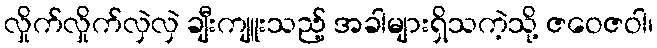
လှိုက်လှိုက်လှဲလှဲ ချီးကျူးသည့် အခါများရှိသကဲ့သို့ ဇဝေဇဝါ၊